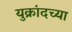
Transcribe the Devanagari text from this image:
युक्रांदच्या